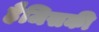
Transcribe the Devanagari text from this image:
हैजिसकी